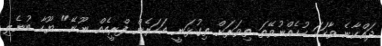
ދައްކާނެ ވާހަކަ ހުހެއްނުވޭތަ ތިވަރަށް ތިގުޅަނީ އަހަރެން ފްރީއެއް ނޫނޭ" ޔޫހާ ބުނެލި